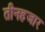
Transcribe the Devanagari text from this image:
तीनहजार